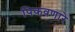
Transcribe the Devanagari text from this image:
पिकवणारे